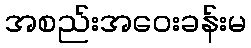
အစည်းအဝေးခန်းမ